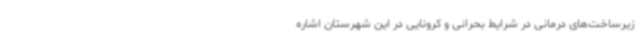
زیرساخت‌های درمانی در شرایط بحرانی و کرونایی در این شهرستان اشاره